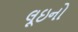
લૂઇનો